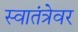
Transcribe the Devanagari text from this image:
स्वातंत्रेवर